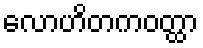
လောဟိတကဝတ္ထာ